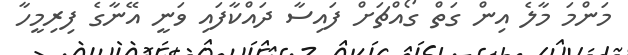
މަންމަ މާލެ އިން ގަތް ގޯއްޗަށް ފައިސާ ދައްކާފައި ވަނީ އޭނާގެ ފިރިމީހާ